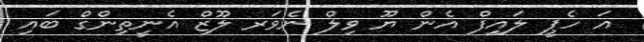
އަ ހެޕީ ލައިފް އެން ޔޫ ވިލް ނެވަރ ލޫޒް އެނީތިންގް ބައި